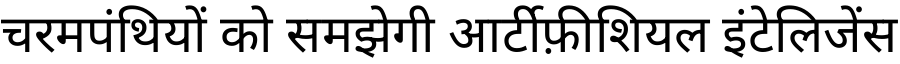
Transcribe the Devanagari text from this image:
चरमपंथियों को समझेगी आर्टीफ़ीशियल इंटेलिजेंस